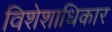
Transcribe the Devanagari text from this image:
विशेशाधिकार